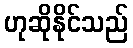
ဟုဆိုနိုင်သည်